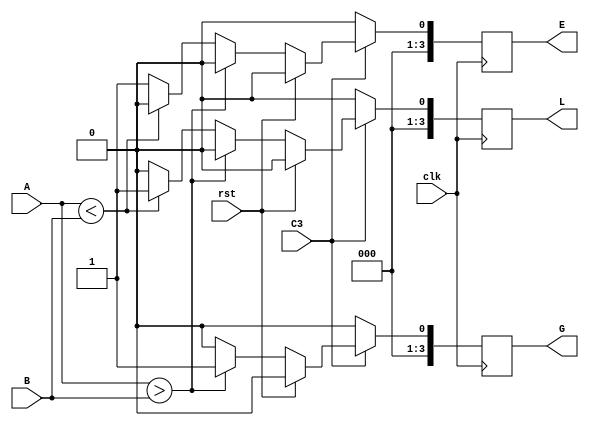
`timescale 1ns / 1ps
module main(clk,A,B,G,L,E,C3,rst);

//clock and reset
input clk;
input rst;
input C3;
input [3:0] A;
input [3:0] B;
  //outputs of comparator
output reg [3:0] G;
output reg [3:0] L;
output reg [3:0] E;

always@(posedge clk)
begin
    if(C3) // used as comparator
  begin
    if(rst==0)

    //if reset is 0 then only comparator works
    begin
        if(A>B)
        begin
          G <= 1;
          L <= 0;
          E <= 0;
        end       
        else if (A<B)
        begin
          G <= 0;
          L <= 1;
          E <= 0;
        end
        else
        begin
          G <= 0;
          L <= 0;
          E <= 1;
        end
    end
    else if (rst==1)
    begin
        G <= 0;
        L <= 0;
        E <= 0;
    end
  end
  else
  begin
        G <= 0;
        L <= 0;
        E <= 0;
  end
end
endmodule